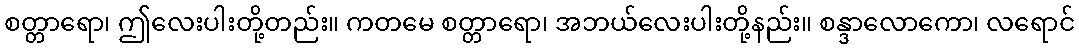
စတ္တာရော၊ ဤလေးပါးတို့တည်း။ ကတမေ စတ္တာရော၊ အဘယ်လေးပါးတို့နည်း။ စန္ဒာလောကော၊ လရောင်